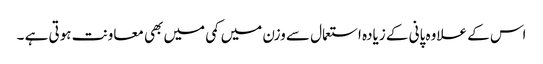
اس کے علاوہ پانی کے زیادہ استعمال سے وزن میں کمی میں بھی معاونت ہوتی ہے ۔